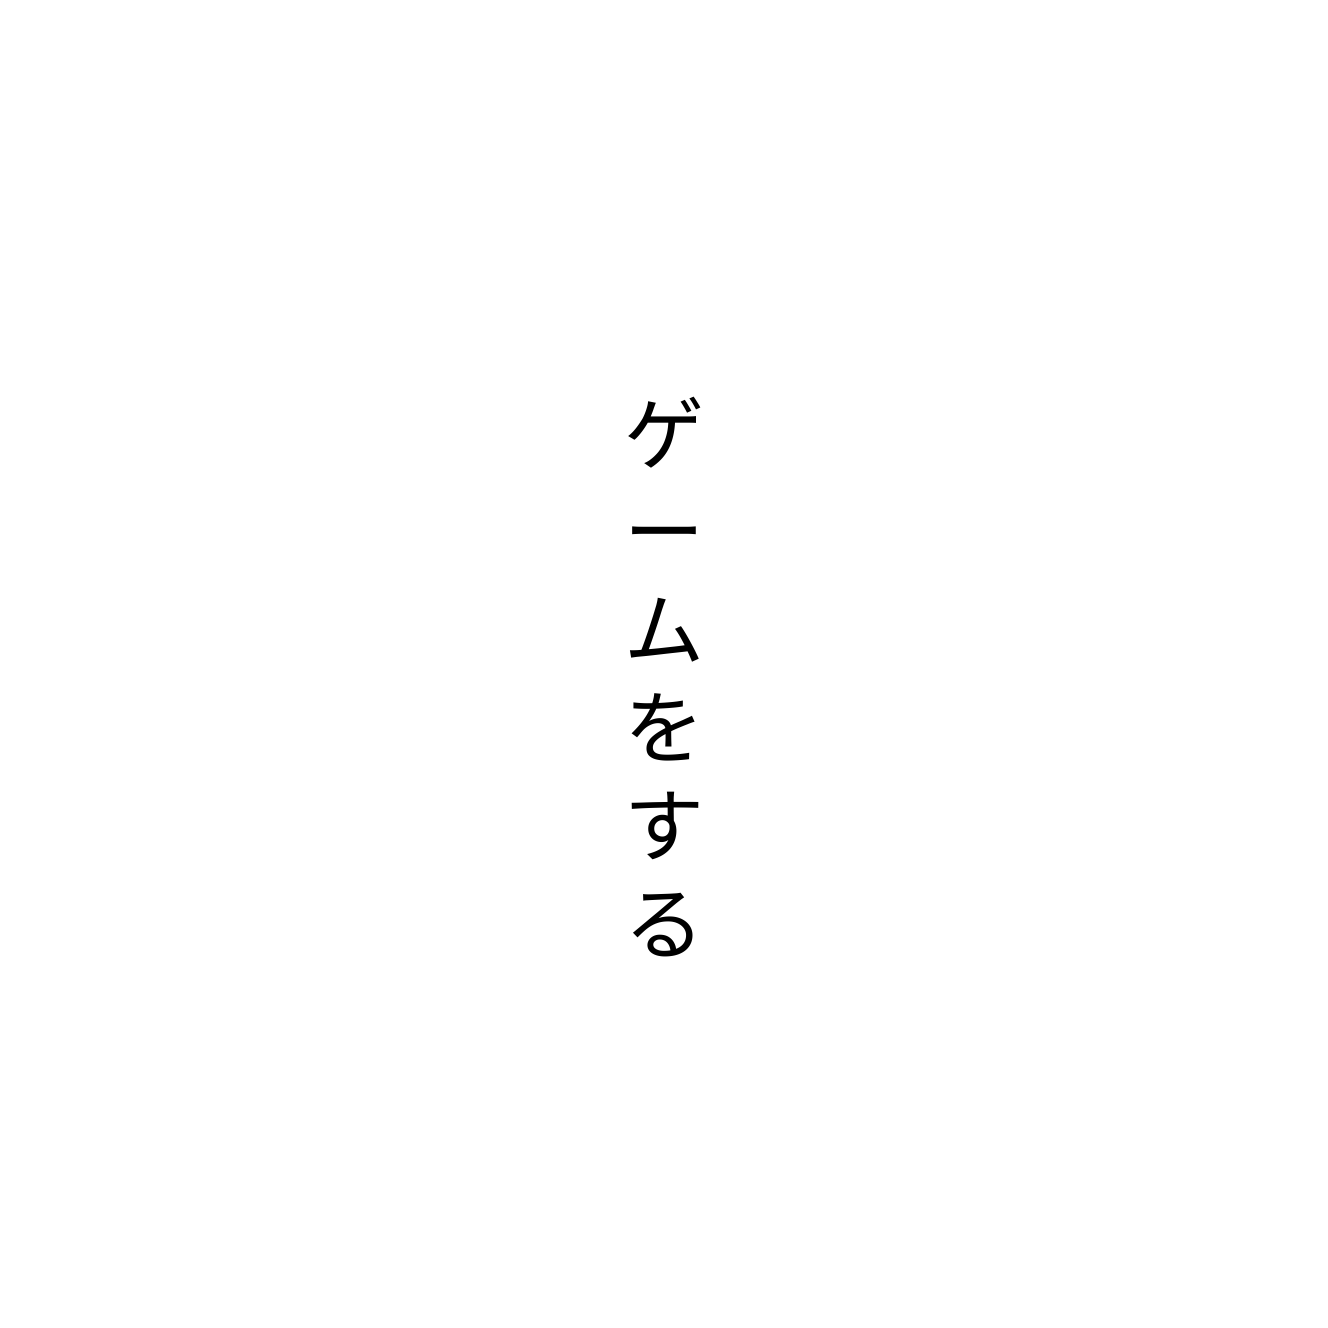
ゲームをする